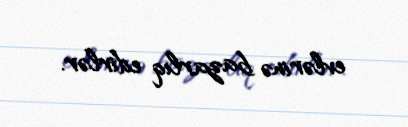
evlərinə bazarlıq edirlər.